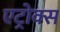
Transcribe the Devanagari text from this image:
एट्रोक्स